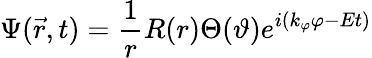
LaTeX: \Psi(\vec{r},t)=\frac 1rR(r)\Theta(\vartheta)e^{i(k_{\varphi}\varphi-Et)}